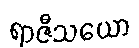
ရာဇီသယော